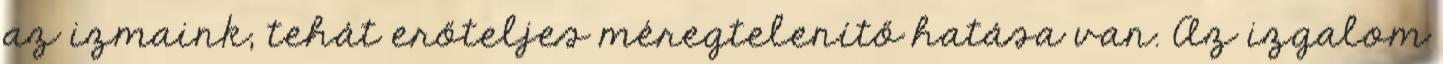
az izmaink, tehát erőteljes méregtelenítő hatása van. Az izgalom